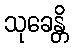
သုခေန္တိ